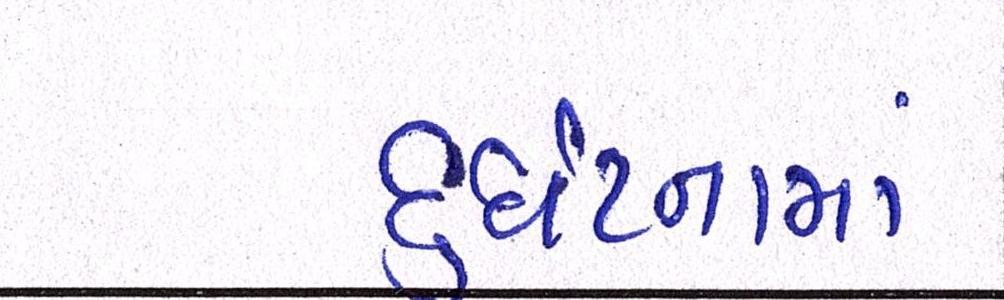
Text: દુર્ઘટનામાં